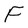
Character: F